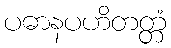
ပဓာနပဟိတတ္တံ